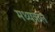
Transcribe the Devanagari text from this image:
मध्यकल